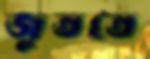
জুততে